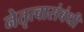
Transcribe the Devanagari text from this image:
नेतृत्वासंबंधी